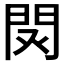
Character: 𨳥